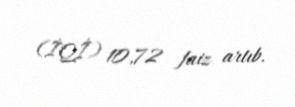
(İQİ) 10,72 faiz artıb.